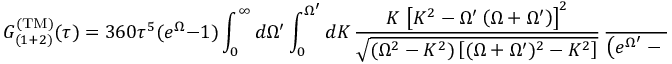
G _ { ( 1 + 2 ) } ^ { \mathrm { ( T M ) } } ( \tau ) = 3 6 0 \tau ^ { 5 } ( e ^ { \Omega } - 1 ) \int _ { 0 } ^ { \infty } d \Omega ^ { \prime } \int _ { 0 } ^ { \Omega ^ { \prime } } d K \, \frac { K \, \left[ K ^ { 2 } - \Omega ^ { \prime } \left( \Omega + \Omega ^ { \prime } \right) \right] ^ { 2 } } { \sqrt { ( \Omega ^ { 2 } - K ^ { 2 } ) \left[ ( \Omega + \Omega ^ { \prime } ) ^ { 2 } - K ^ { 2 } \right] } } \, \frac { e ^ { \Omega ^ { \prime } } } { \left( e ^ { \Omega ^ { \prime } } - 1 \right) \left( e ^ { \Omega + \Omega ^ { \prime } } - 1 \right) } ,